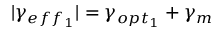
| \gamma _ { e f f _ { 1 } } | = \gamma _ { o p t _ { 1 } } + \gamma _ { m }